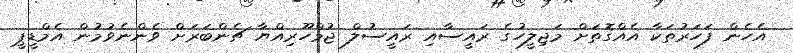
އެހެން ފަހަރުތަކާ އެއްގޮތަށް މަޖިލީހުގެ ރައީސާއި ރައީސުލް ޖުމްހޫރިއްޔާ ޗެންބަރަށް ވެންނެވުމުން އެމްޑީޕީ